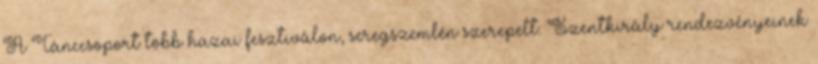
A Tánccsoport több hazai fesztiválon, seregszemlén szerepelt. Szentkirály rendezvényeinek